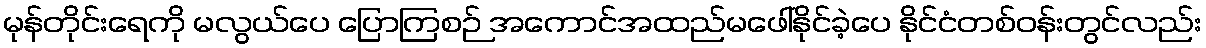
မုန်တိုင်းရေကို မလွယ်ပေ ပြောကြစဉ် အကောင်အထည်မဖေါ်နိုင်ခဲ့ပေ နိုင်ငံတစ်ဝန်းတွင်လည်း